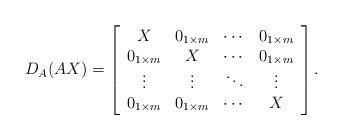
LaTeX: \begin{align*}D_{A}(AX)=\left[ \begin{array}{cccc}X&0_{1\times m}&\cdots & 0_{1\times m} \\0_{1\times m}&X&\cdots & 0_{1\times m}\\\vdots&\vdots&\ddots& \vdots \\0_{1\times m}&0_{1\times m}&\cdots & X\\\end{array}\right].\end{align*}